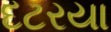
દટરયા